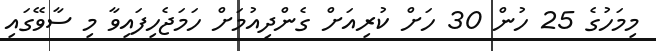
މިމަހުގެ 25 ހުން 30 ހަށް ކުރިއަށް ގެންދިއުމަށް ހަމަޖެހިފައިވާ މި ސާވޭގައި